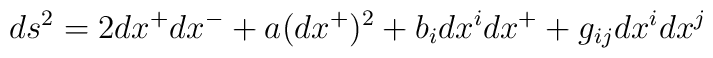
ds^{2}=2dx^{+}dx^{-}+a(dx^{+})^{2}+b_{i}dx^{i}dx^{+}+g_{ij}dx^{i}dx^{j}